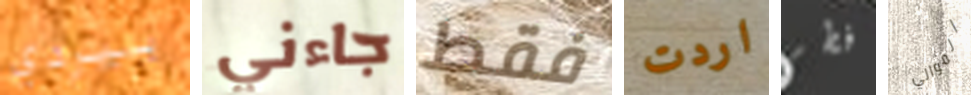
بيردي جاءني فقط اردت فطر الموالي